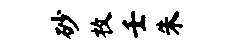
砂枚壬朱